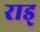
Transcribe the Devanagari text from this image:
राड्